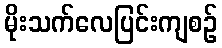
မိုးသက်လေပြင်းကျစဉ်